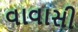
વાવાસી